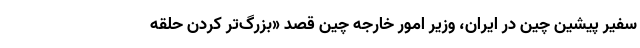
سفیر پیشین چین در ایران، وزیر امور خارجه چین قصد «بزرگ‌تر کردن حلقه